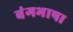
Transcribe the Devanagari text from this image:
बंगभाषा